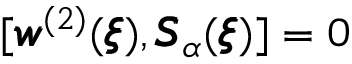
[ { \pmb w } ^ { ( 2 ) } ( { \pmb \xi } ) , { \pmb S } _ { \alpha } ( { \pmb \xi } ) ] = 0